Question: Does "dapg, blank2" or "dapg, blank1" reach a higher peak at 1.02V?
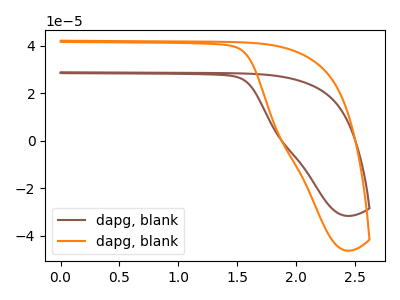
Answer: <think>The brown curve "dapg, blank1" has no peaks. The orange curve "dapg, blank2" has no peaks.</think>
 <answer>"dapg, blank2" and "dapg, blank1" dont share a peak at 1.02V.</answer>
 <eval>mismatch</eval>